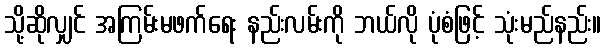
သို့ဆိုလျှင် အကြမ်းမဖက်ရေး နည်းလမ်းကို ဘယ်လို ပုံစံဖြင့် သုံးမည်နည်း။